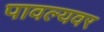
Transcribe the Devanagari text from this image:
पावल्यवर